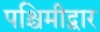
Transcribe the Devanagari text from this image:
पश्चिमीद्वार